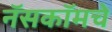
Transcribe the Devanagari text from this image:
नॅसकॉमचे